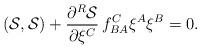
LaTeX: \begin{align*}({\cal S},{\cal S}) + \frac{\partial^R {\cal S}}{\partial \xi^C} \, f_{BA}^{C}\xi^{A}\xi^{B} = 0.\end{align*}